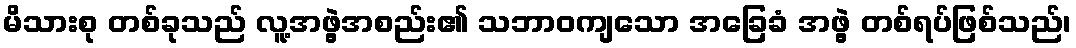
မိသားစု တစ်ခုသည် လူ့အဖွဲ့အစည်း၏ သဘာဝကျသော အခြေခံ အဖွဲ့ တစ်ရပ်ဖြစ်သည်၊